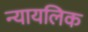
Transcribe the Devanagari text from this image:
न्यायलिक